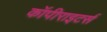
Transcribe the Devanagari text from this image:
कॉपीराइटर्स